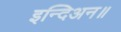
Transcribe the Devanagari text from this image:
इन्दिअन॥